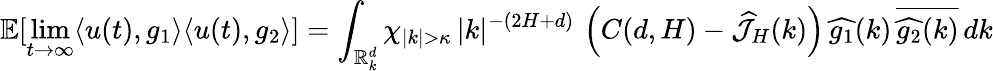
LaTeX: \mathbb{E}[\operatorname*{lim}_{t\rightarrow\infty}\langle u(t),g_{1}\rangle{\langle u(t),g_{2}\rangle}]=\int_{\mathbb R_{k}^{d}}\chi_{|k|>\kappa}\, |k|^{-(2H+d)}\, \left(C(d,H)-{\widehat{\mathcal{J}}}_{H}(k)\right)\, \widehat{g_{1}}(k)\, \overline{{\widehat{g_{2}}(k)}}\, dk